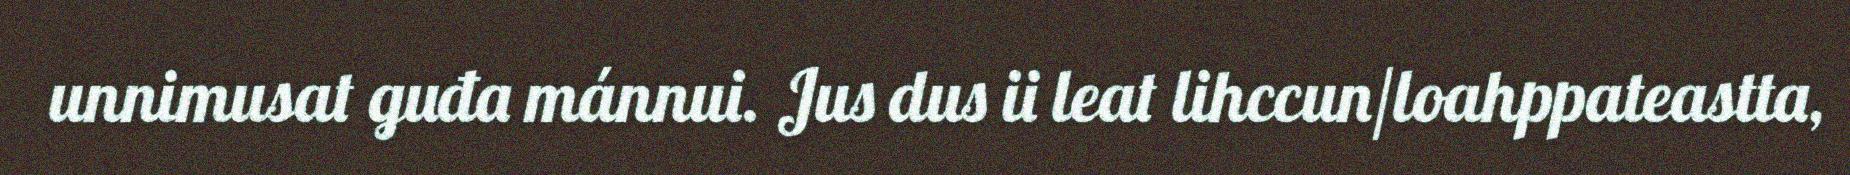
unnimusat guđa mánnui. Jus dus ii leat lihccun/loahppateastta,